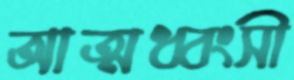
আত্মধ্বংসী